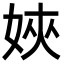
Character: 㛍